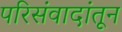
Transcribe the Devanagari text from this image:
परिसंवादांतून